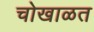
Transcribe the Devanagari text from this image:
चोखाळत